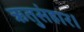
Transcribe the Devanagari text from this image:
ऋतुसंहार।